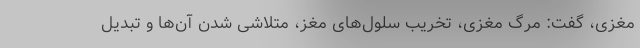
‌مغزی، گفت: مرگ مغزی، تخریب سلول‌های مغز، متلاشی شدن آن‌ها و تبدیل